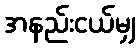
အနည်းငယ်မျှ